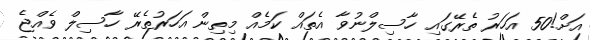
އަށް!50 އަހަރު ތެރޭގައި ހާސިލްނުވާ އެތައް ކަމެއް މިތިން އަހަރުތެރޭ ހާސިލް ވެއްޖެ